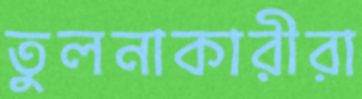
তুলনাকারীরা